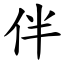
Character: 伴